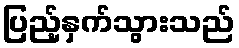
ပြည့်နှက်သွားသည်